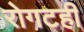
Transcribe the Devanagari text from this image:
रोगटही